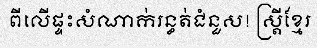
ពីលើផ្ទះសំណាក់រន្ធត់ជំនួស! ស្ត្រីខ្មែរ